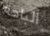
الباحة